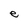
Character: e